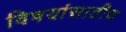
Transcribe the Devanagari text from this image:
विषयांसाठीच